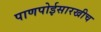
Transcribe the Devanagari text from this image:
पाणपोईसारखीच